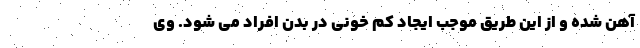
آهن شده و از این طریق موجب ایجاد کم خونی در بدن افراد می شود. وی